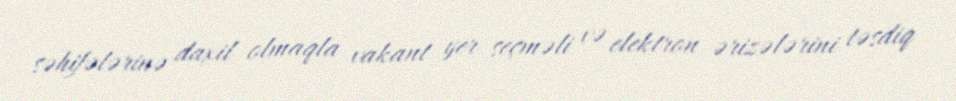
səhifələrinə daxil olmaqla vakant yer seçməli və elektron ərizələrini təsdiq